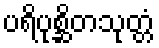
ပရိပုစ္ဆိတသုတ္တံ